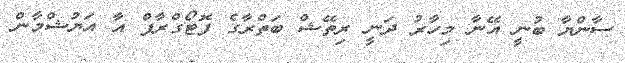
ސާންޔާ ބުނީ އޭނާ މިހާރު ދަނީ ރިތޭޝް ބަތްރާގެ ފޮޓޯގްރާފް އާ އަޔުޝްމާން